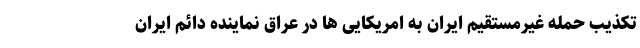
تکذیب حمله غیرمستقیم ایران به امریکایی ها در عراق نماینده دائم ایران